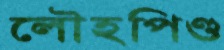
লৌহপিণ্ড